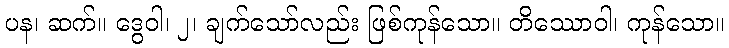
ပန၊ ဆက်။ ဒွေဝါ၊ ၂၊ ချက်သော်လည်း ဖြစ်ကုန်သော။ တိဿောဝါ၊ ကုန်သော။